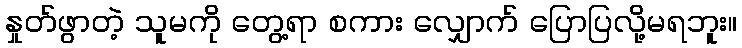
နှုတ်ဖွာတဲ့ သူမကို တွေ့ရာ စကား လျှောက် ပြောပြလို့မရဘူး။